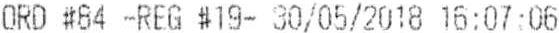
ORD #84 -REG #19- 30/05/2018 16:07:06